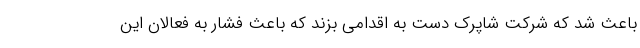
باعث شد كه شركت شاپرك دست به اقدامی بزند كه باعث فشار به فعالان اين